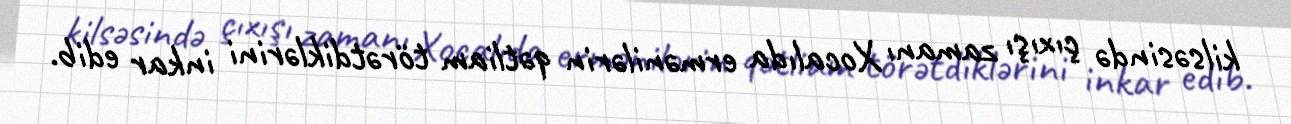
kilsəsində çıxışı zamanı Xocalıda ermənilərin qətliam törətdiklərini inkar edib.